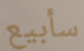
سأبيع